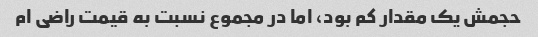
حجمش یک مقدار کم بود، اما در مجموع نسبت به قیمت راضی ام